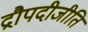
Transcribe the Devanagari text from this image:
द्रौपदीजीति